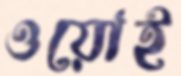
ওয়োই